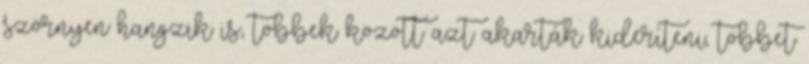
szörnyen hangzik is, többek között azt akarták kideríteni, többet